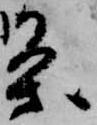
条